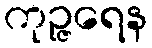
ကုဉ္ဇရေန